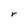
Character: r